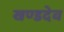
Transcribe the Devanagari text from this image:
खण्डदेव